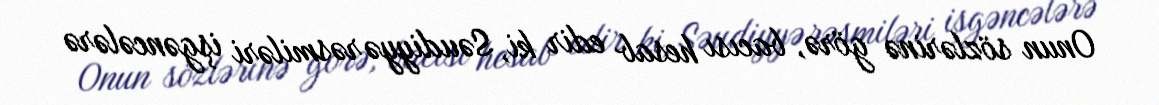
Onun sözlərinə görə, bacısı hesab edir ki, Səudiyyə rəsmiləri işgəncələrə